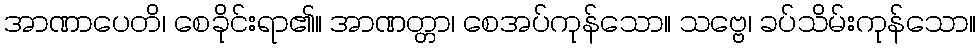
အာဏာပေတိ၊ စေခိုင်းရာ၏။ အာဏတ္တာ၊ စေအပ်ကုန်သော။ သဗ္ဗေ၊ ခပ်သိမ်းကုန်သော။